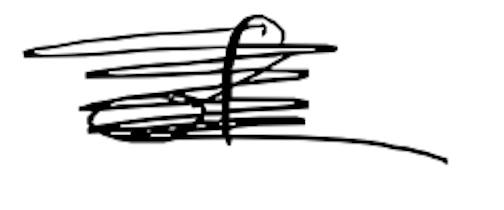
Text: of
Cross-out: scratch
Writing tool: digital_black